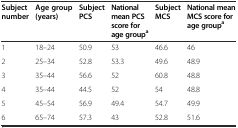
| Subject number | Age group (years) | Subject PCS | National mean PCS score for age groupa | Subject MCS | National mean MCS score for age groupa |
 | --- | --- | --- | --- | --- | --- |
 | 1 | 18–24 | 50.9 | 53 | 46.6 | 46 |
 | 2 | 25–34 | 52.8 | 53.3 | 49.6 | 48.9 |
 | 3 | 35–44 | 56.6 | 52 | 60.8 | 48.8 |
 | 4 | 35–44 | 44.5 | 52 | 54 | 48.8 |
 | 5 | 45–54 | 56.9 | 49.4 | 54.7 | 49.9 |
 | 6 | 65–74 | 57.3 | 43 | 52.8 | 51.6 |